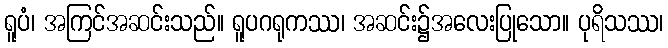
ရူပံ၊ အကြင်အဆင်းသည်။ ရူပဂရုကဿ၊ အဆင်း၌အလေးပြုသော။ ပုရိသဿ၊